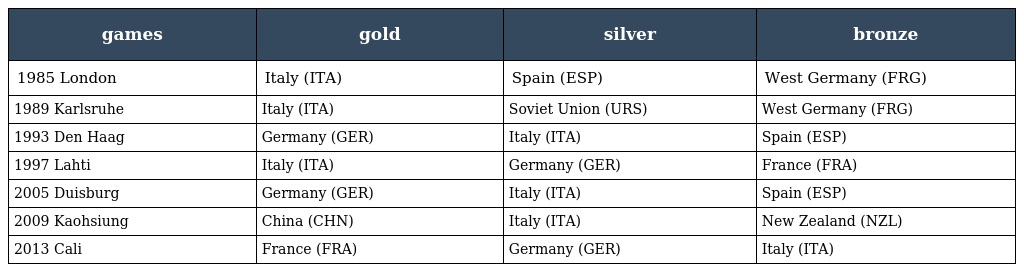
| games | gold | silver | bronze |
 | --- | --- | --- | --- |
 | 1985 London | Italy (ITA) | Spain (ESP) | West Germany (FRG) |
 | 1989 Karlsruhe | Italy (ITA) | Soviet Union (URS) | West Germany (FRG) |
 | 1993 Den Haag | Germany (GER) | Italy (ITA) | Spain (ESP) |
 | 1997 Lahti | Italy (ITA) | Germany (GER) | France (FRA) |
 | 2005 Duisburg | Germany (GER) | Italy (ITA) | Spain (ESP) |
 | 2009 Kaohsiung | China (CHN) | Italy (ITA) | New Zealand (NZL) |
 | 2013 Cali | France (FRA) | Germany (GER) | Italy (ITA) |